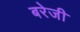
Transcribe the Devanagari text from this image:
बरेजी